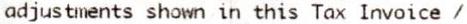
ADJUSTMENTS SHOWN IN THIS TAX INVOICE /